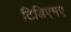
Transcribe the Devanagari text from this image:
टिडिएमए